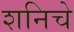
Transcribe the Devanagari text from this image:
शनिचे